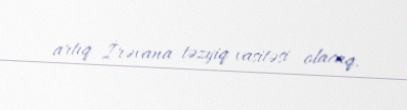
artıq İrəvana təzyiq vasitəsi olacaq.